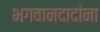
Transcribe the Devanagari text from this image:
भगवानदादांना